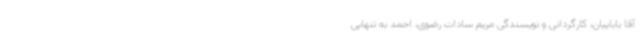
آقا باباییان، کارگردانی و نویسندگی مریم سادات رضوی، احمد به تنهایی